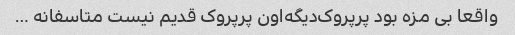
واقعا بی مزه بود پرپروک‌دیگه‌اون پرپروک قدیم نیست متاسفانه …